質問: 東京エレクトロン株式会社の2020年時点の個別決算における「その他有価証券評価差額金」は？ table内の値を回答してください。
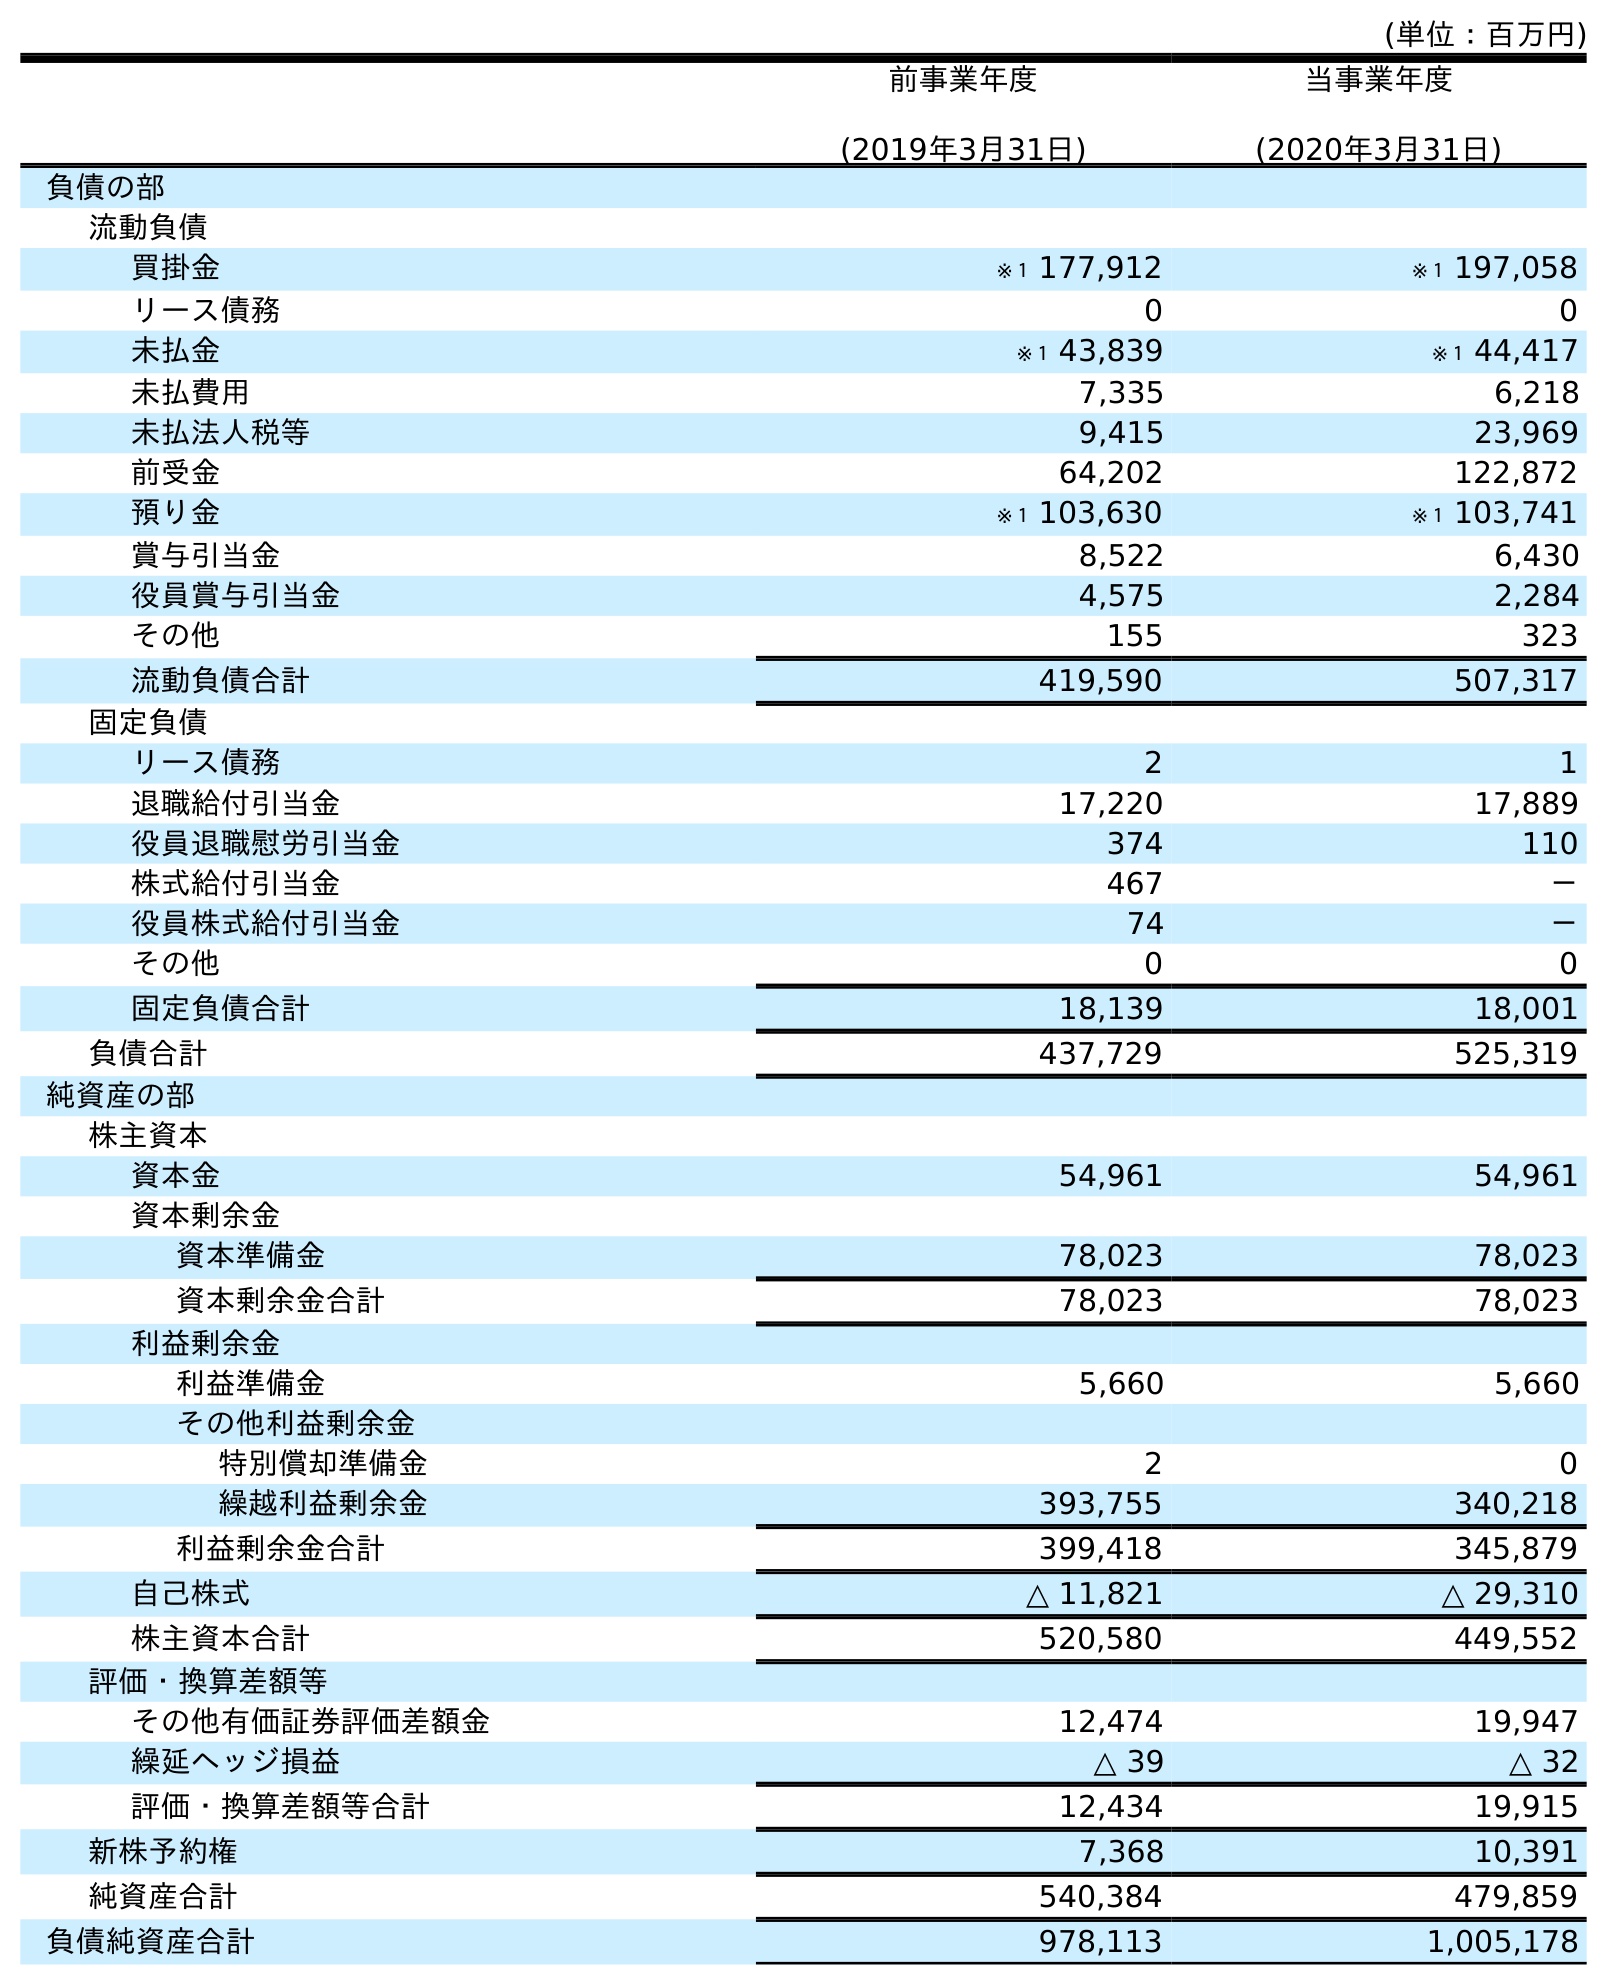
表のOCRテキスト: (単位：百万円) 前事業年度 (2019年3月31日) 当事業年度 (2020年3月31日) 負債の部 流動負債 買掛金 ※１ 177,912 ※１ 197,058 リース債務 0 0 未払金 ※１ 43,839 ※１ 44,417 未払費用 7,335 6,218 未払法人税等 9,415 23,969 前受金 64,202 122,872 預り金 ※１ 103,630 ※１ 103,741 賞与引当金 8,522 6,430 役員賞与引当金 4,575 2,284 その他 155 323 流動負債合計 419,590 507,317 固定負債 リース債務 2 1 退職給付引当金 17,220 17,889 役員退職慰労引当金 374 110 株式給付引当金 467 － 役員株式給付引当金 74 － その他 0 0 固定負債合計 18,139 18,001 負債合計 437,729 525,319 純資産の部 株主資本 資本金 54,961 54,961 資本剰余金 資本準備金 78,023 78,023 資本剰余金合計 78,023 78,023 利益剰余金 利益準備金 5,660 5,660 その他利益剰余金 特別償却準備金 2 0 繰越利益剰余金 393,755 340,218 利益剰余金合計 399,418 345,879 自己株式 △ 11,821 △ 29,310 株主資本合計 520,580 449,552 評価・換算差額等 その他有価証券評価差額金 12,474 19,947 繰延ヘッジ損益 △ 39 △ 32 評価・換算差額等合計 12,434 19,915 新株予約権 7,368 10,391 純資産合計 540,384 479,859 負債純資産合計 978,113 1,005,178
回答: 19,947